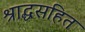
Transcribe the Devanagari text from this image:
श्राद्धसहित